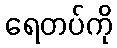
ရေတပ်ကို